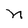
Character: n